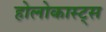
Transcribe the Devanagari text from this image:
होलोकास्ट्स